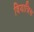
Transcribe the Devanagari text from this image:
वियात्रिस